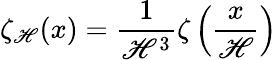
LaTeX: \zeta_{\mathscr{H}}(x)=\frac{{1}}{{\mathscr{H}^{3}}}\zeta\left(\frac{{x}}{{\mathscr{H}}}\right)